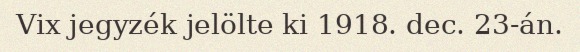
Vix jegyzék jelölte ki 1918. dec. 23-án.